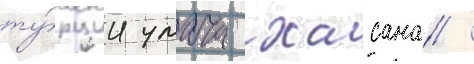
ту́рции умача хасана /